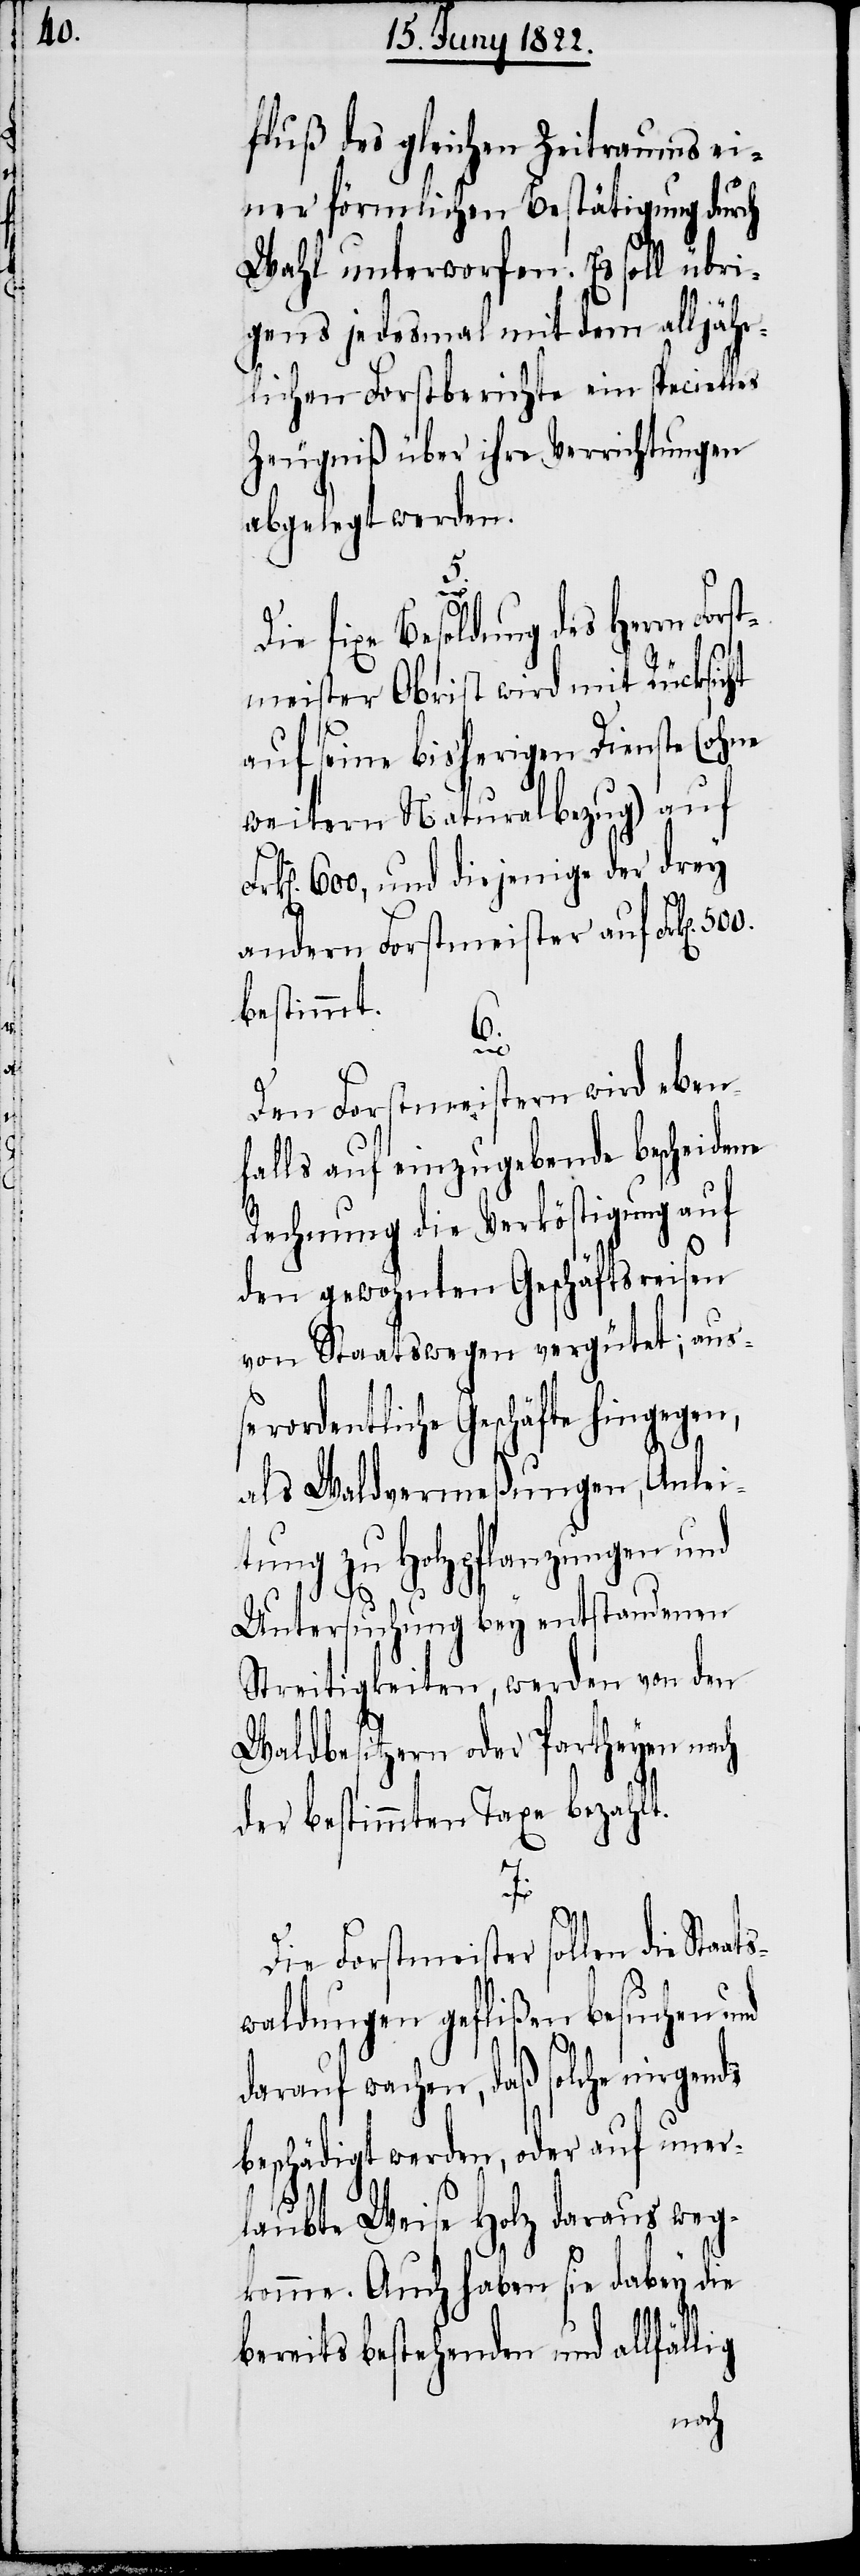
fluß des gleichen Zeitraums ei¬
ner förmlichen Bestätigung durch
Wahl unterworfen. Es soll übri¬
gens jedesmals mit dem alljähr¬
lichen Forstberichte ein specielles
Zeugniß über ihre Verrichtungen
abgelegt werden.
ig
Die fixe Besoldung des Herrn Fo¬
meister Obrist wird mit Rücksicht
auf seine bisherigen Dienste (ohne
weitern Naturalabzug) auf
600, und diejenige der drey
andern Forstmeister auf Frk[en].
bestimmt.
6.
Den Forstmeistern wird eben¬
falls auf einzugebende bescheidene
Rechnung die Verköstigung auf
den gewohnten Geschäftsreisen
von Staatswegen vergütet; aus¬
serordentliche Geschäfte hingegen,
als Waldvermeßungen, Anlei¬
tung zu Hochpflanzungen und
Untersuchung bey entstandenen
Streitigkeiten, werden von den
Waldbesitzern oder Partheyen nach
der bestimmten Taxe bezahlt.
7.
Die Forstmeister sollen die Sta¬
waldungen geflißen besuchen und
darauf wachen, daß solche nirgends
beschädigt werden, oder auf uner¬
laubte Weise Holz daraus weg¬
komme. Auch haben sie dabey die
bereits bestehenden und allfäll¬